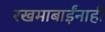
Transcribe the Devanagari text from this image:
रखमाबाईंनाही